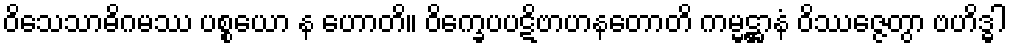
ဝိသေသာဓိဂမဿ ပစ္စယော န ဟောတိ။ ဝိက္ခေပပဋိဗာဟနတောတိ ကမ္မဋ္ဌာနံ ဝိဿဇ္ဇေတွာ ဗဟိဒ္ဓါ